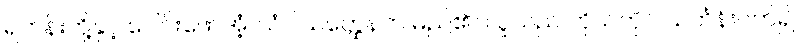
ရဟန်းတို့နှင့် ပေါင်းဖော်အံ့၊ သံဝါသတ္ထေနက မည်၏။ လူသည် ကိုယ်တိုင် သင်္ကန်းဝတ်၍